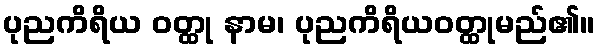
ပုညကိရိယ ဝတ္ထု နာမ၊ ပုညကိရိယဝတ္ထုမည်၏။